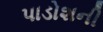
પાડોશની